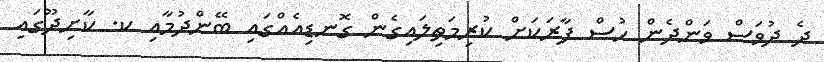
ދެ ދުވަސް ވަންދެން ހުސް ފާރަކަށް ކުރިމަތިލައިގެން ގޮނޑިއެއްގައި ބޭންދުމާއި ކ. ކާށިދޫގައި